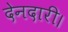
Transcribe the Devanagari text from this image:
देनदारी।